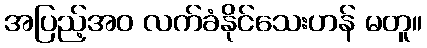
အပြည့်အဝ လက်ခံနိုင်သေးဟန် မတူ။